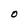
Character: O